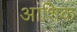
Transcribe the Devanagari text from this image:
अांशिक